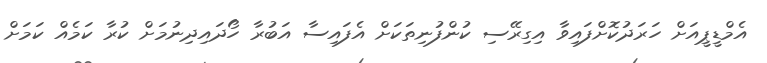
އެމްޑީޕީއަށް ހަރަދުކޮށްފައިވާ އިގިރޭސި ކުންފުނިތަކަށް އެފައިސާ އަބުރާ ހޯދައިދިނުމަށް ކުރާ ކަމެއް ކަމަށް